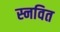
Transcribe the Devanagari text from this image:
स्नवित